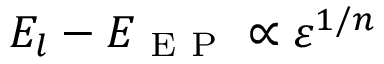
E _ { l } - E _ { \mathrm { ~ E ~ P ~ } } \propto \varepsilon ^ { 1 / n }